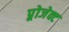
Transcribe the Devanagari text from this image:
प्र्रोजेक्ट